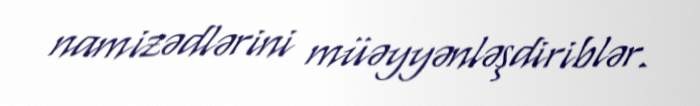
namizədlərini müəyyənləşdiriblər.